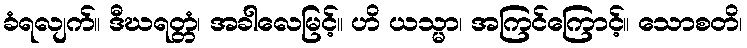
ခံရလျက်။ ဒီဃရတ္တံ၊ အခါလေမြင့်။ ဟိ ယသ္မာ၊ အကြင်ကြောင့်။ သောစတိ၊